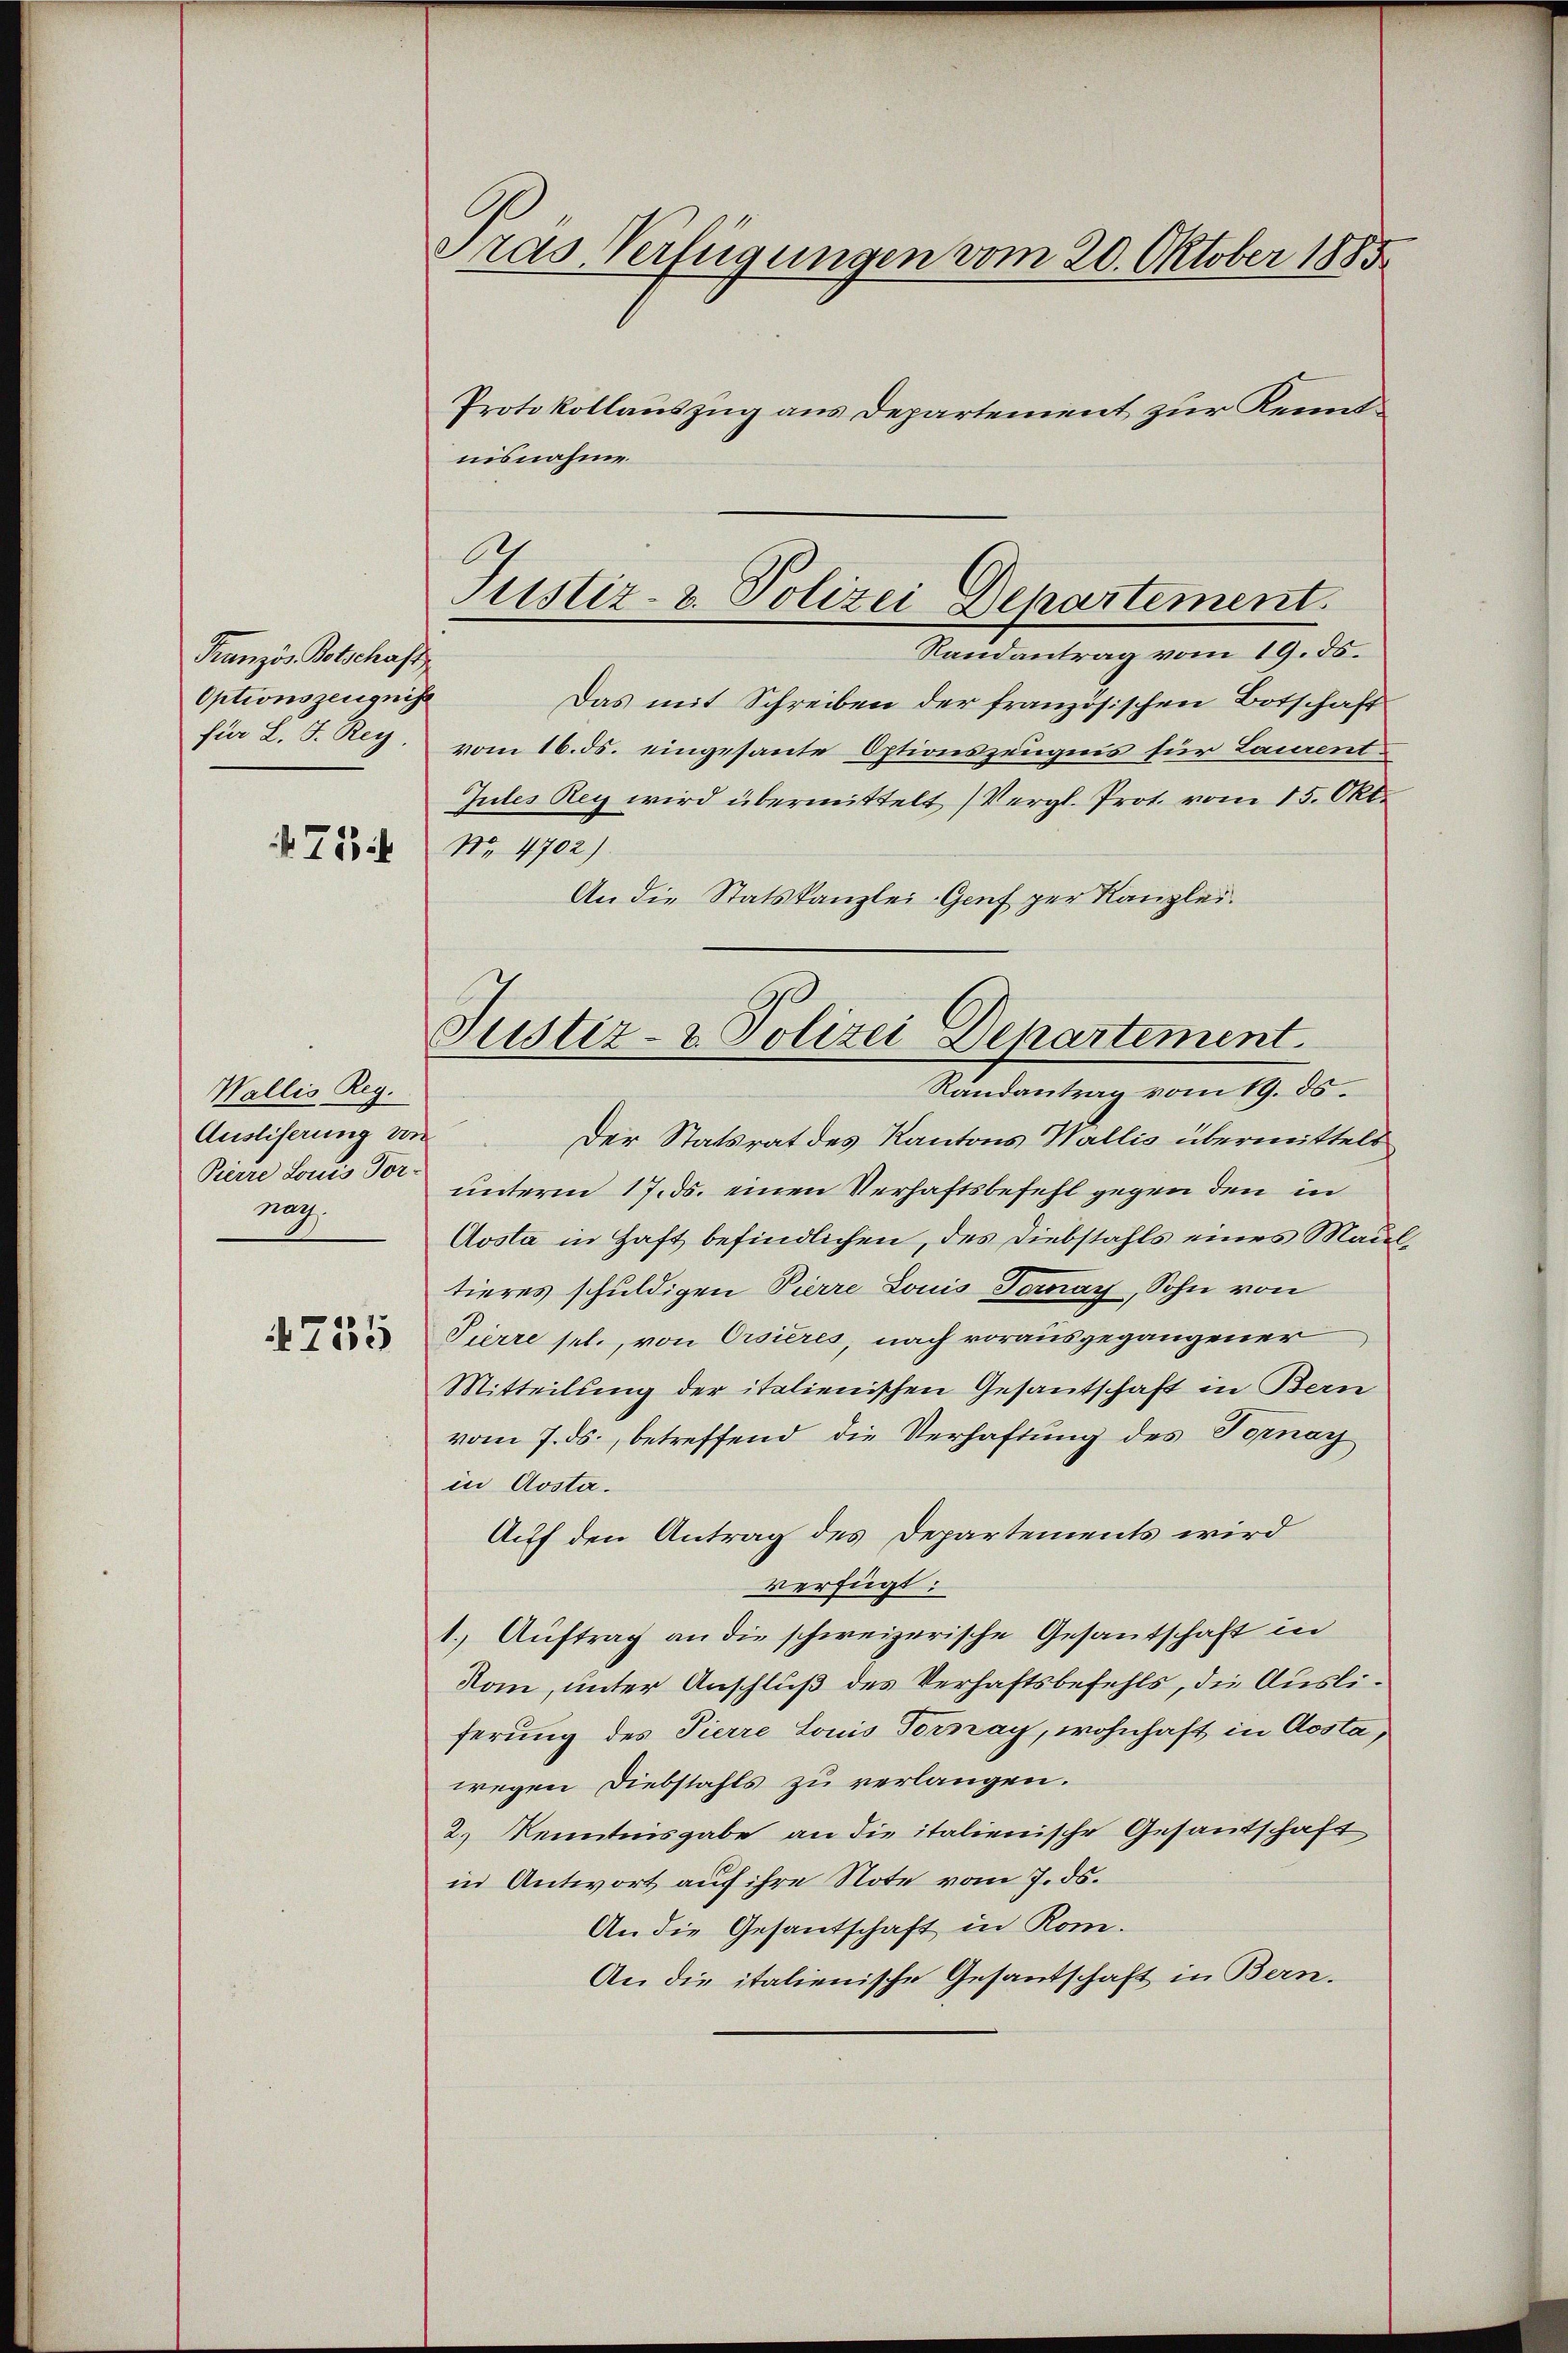
Französ. Botschaft
Optionszeugniss
für L. F. Rey.
74

Wallis Reg.
Ausliferung von
Pierre Louis Vor-
nag.

4755

Tras Verfügungen vom 20. Oktober 1885
Protokollauszug aus Departement zur Kennt¬

nisnahme.
Randantrag vom 19. ds.
Das mit Schreiben der französischen Botschaft
vom 16. ds. eingesante Optionszeugnis für Laurent
Jules Rey wird übermittelt (Vergl. Prot. vom 15. Okt.
No. 4702)
An die Statskanzlei- Genf per Kanzlei.

C
Justiz- & Polizei Departement

Justiz- & Polizei Departement.
Randantrag vom 19. ds.

Der Statsrat des Kantons Wallis übermittels
unterm 17. ds. einen Verhaftsbefehl gegen den in
Aosta in Haft befindlichen, des Diebstahls eines Maultieres schuldigen Pierre Louis Fornay, Sohn von
Pierre sel., von Orsières, nach vorausgegangener
Mitteilung der italienischen Gesantschaft in Bern
vom 7. ds., betreffend die Verhaftung des Tornay
in Aosta.
Auf den Antrag des Departements wird
verfügt:
1.) Auftrag an die schweizerische Gesandschaft in
Rom, unter Anschluß des Verhaftsbefehls, die Ausliferung des Pierre Louis Fornay, wohnhaft in Aosta,
wegen Diebstahls zu verlangen.
2.) Kenntnisgabe an die italienische Gesantschaft
in Antwort auf ihre Note vom 7. ds.
An die Gesantschaft in Rom.
An die italienische Gesantschaft in Bern.